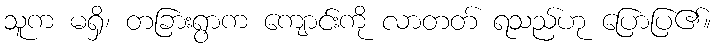
သူက မရှိ၊ တခြားရွာက ကျောင်းကို လာတတ် ရသည်ဟု ပြောပြ၏။